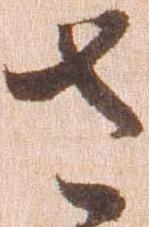
さ